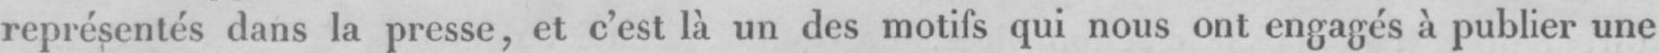
représentes dans la presse, et c’est là un des motifs qui nous ont engagés. à publier une